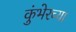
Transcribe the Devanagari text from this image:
कुंभेरच्या